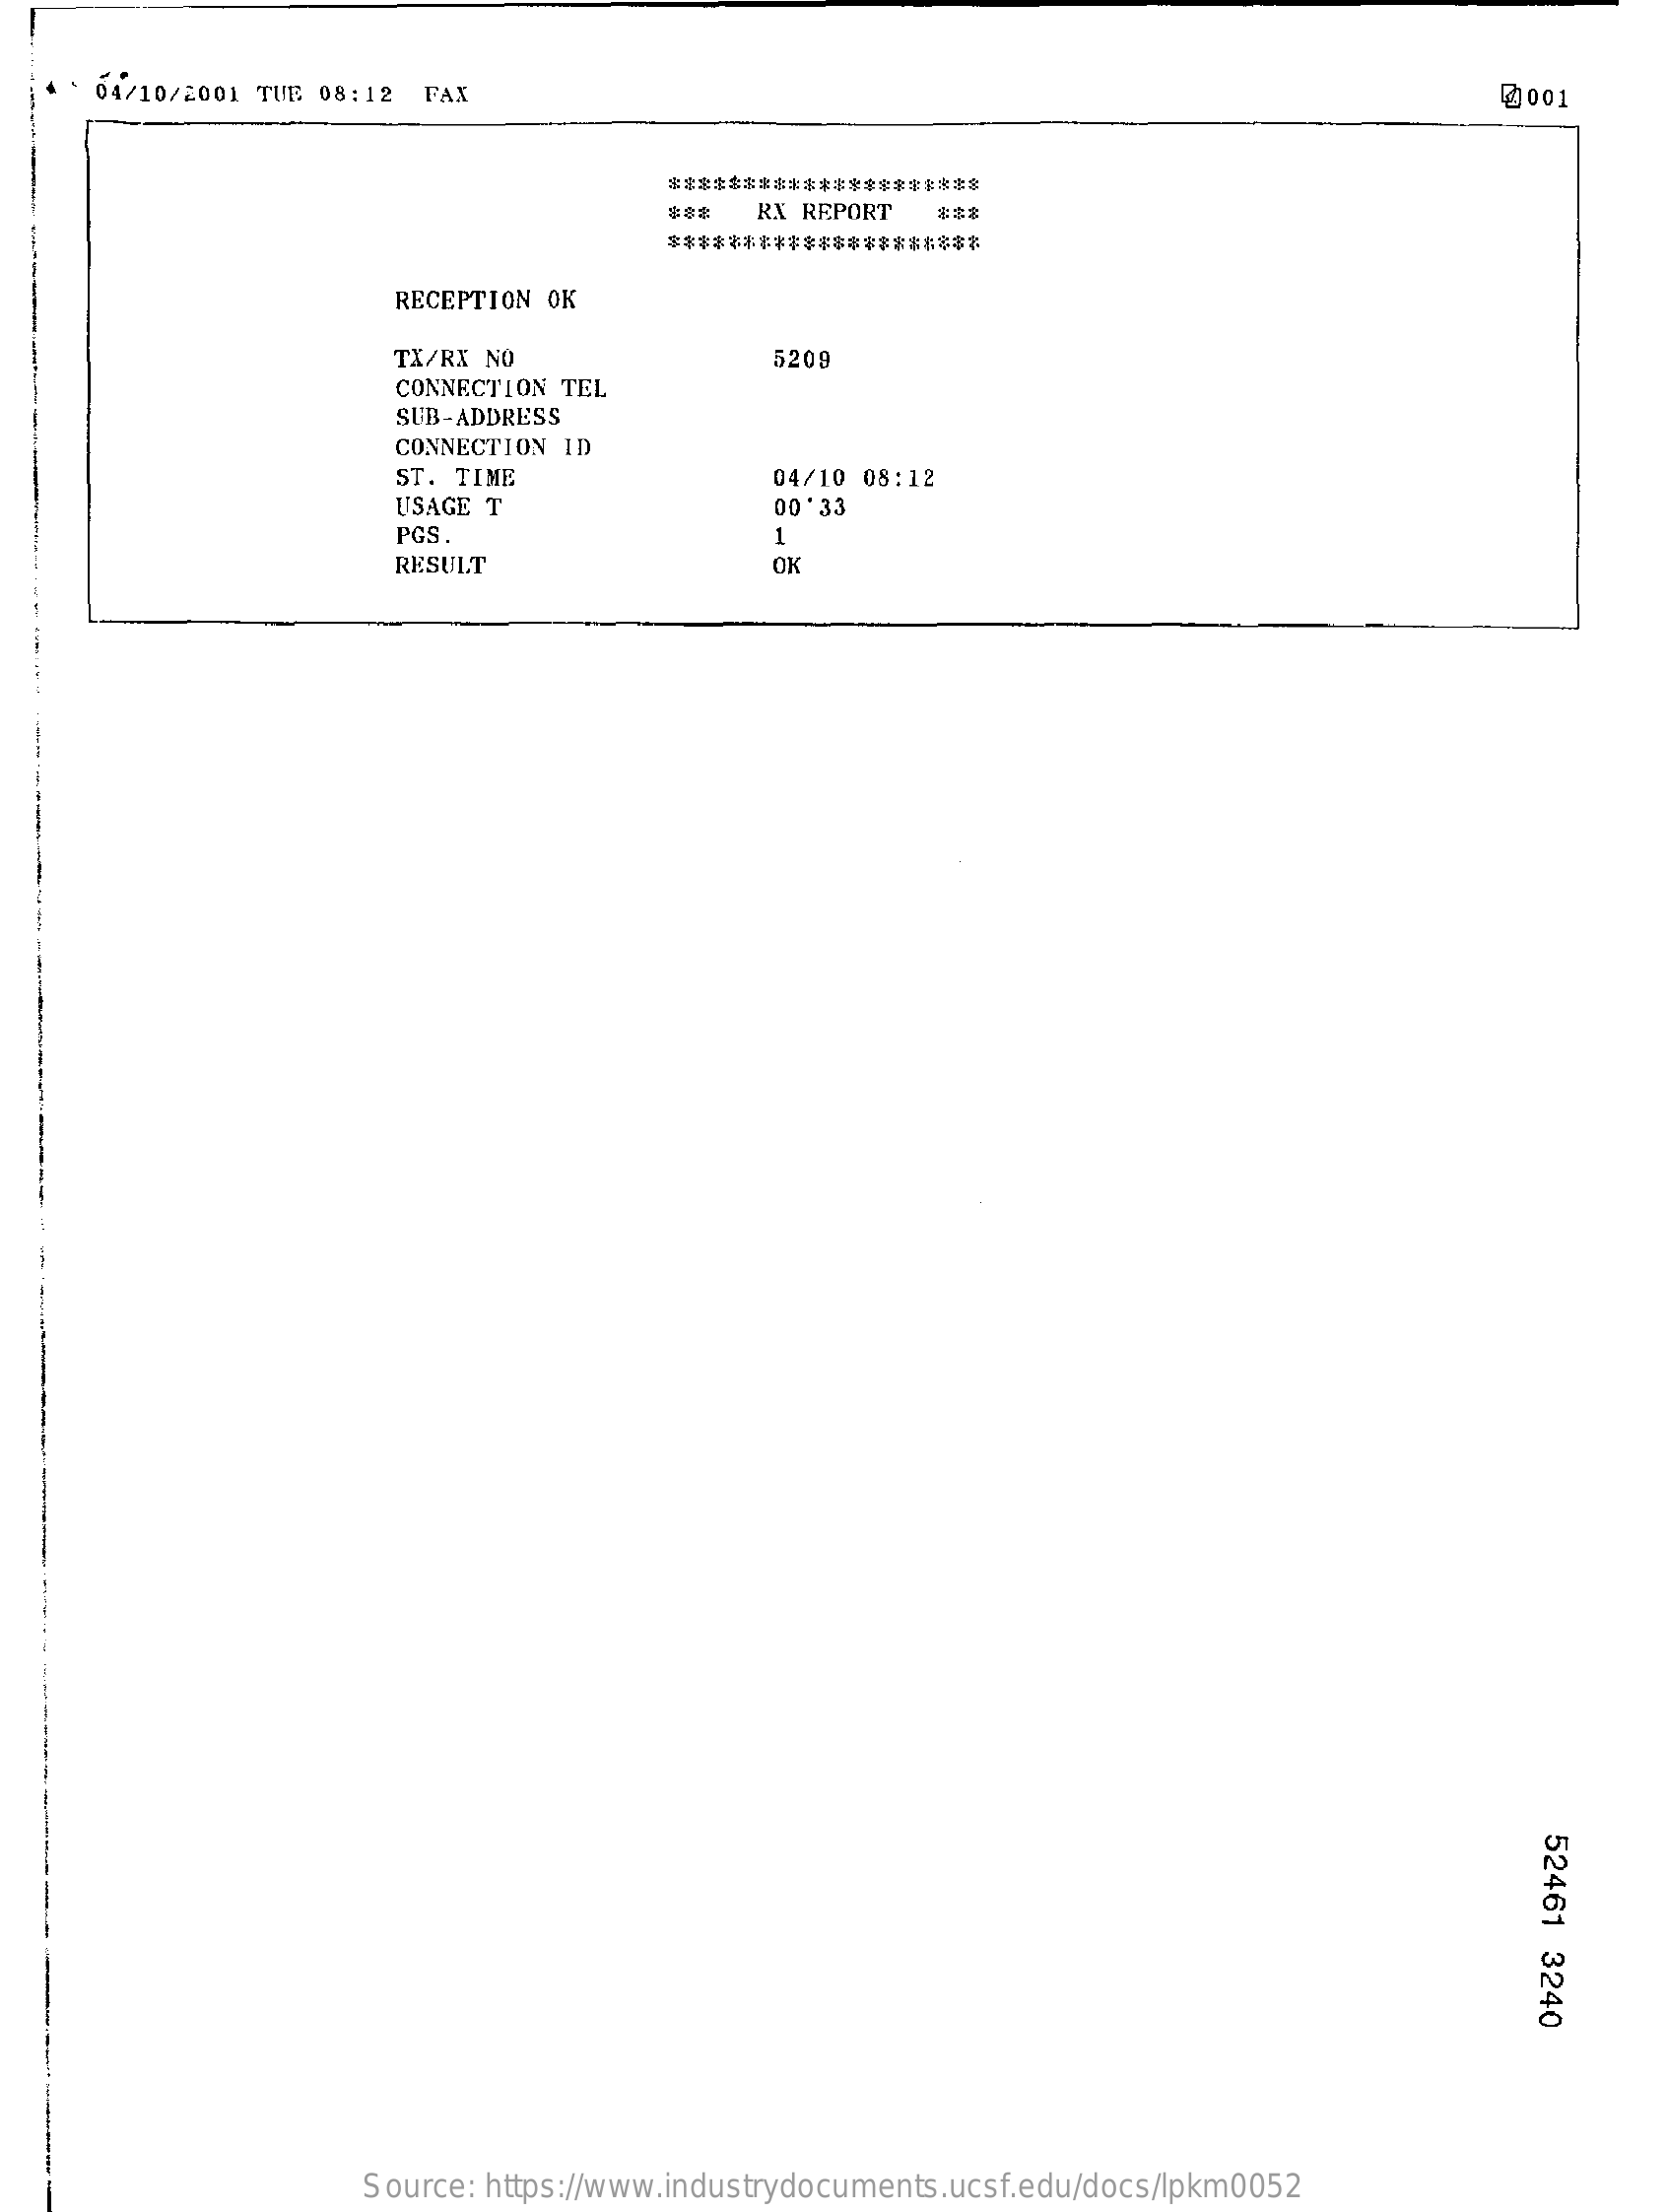
04/10/2001 TUE 08:12 FAX    @001
     *********************
     RX REPORT
     *********************
     RECEPTION OK
     TX/RX NO
     CONNECTION TEL
     5209
     SUB-ADDRESS
     CONNECTION ID
     ST. TIME    04/10 08:12
     USAGE T    0D' 33
     PGS.    1
     RESULT    OK
     52461
     3240
     Source: https://www.industrydocuments.ucsf.edu/docs/lpkm0052